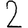
Digit: 2